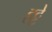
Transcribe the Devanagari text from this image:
हट्टे